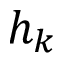
h _ { k }